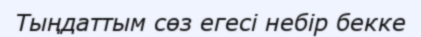
Тыңдаттым сөз егесі небір бекке